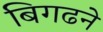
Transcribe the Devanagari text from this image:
बिगढने